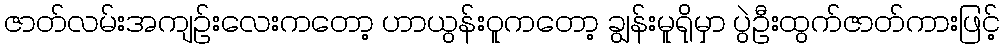
ဇာတ်လမ်းအကျဉ်းလေးကတော့ ဟာယွန်းဝူကတော့ ချွန်းမူရိုမှာ ပွဲဦးထွက်ဇာတ်ကားဖြင့်